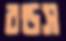
বন্ডস